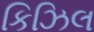
કિઝિલ